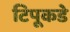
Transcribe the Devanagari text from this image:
टिपूकडे